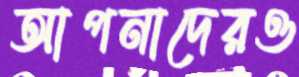
আপনাদেরও